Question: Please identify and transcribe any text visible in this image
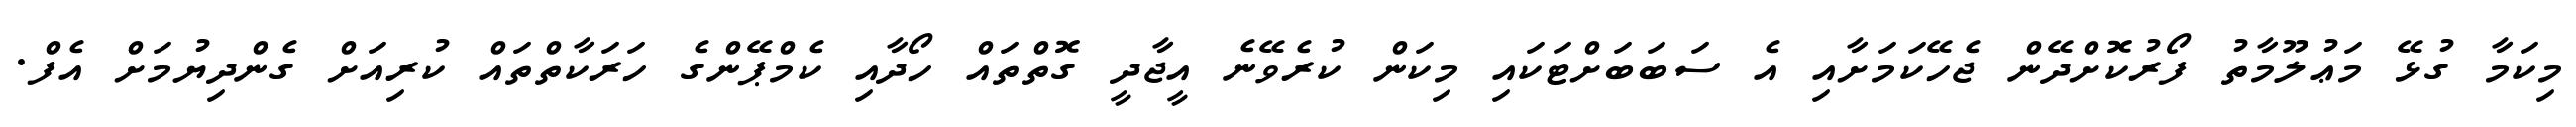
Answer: މިކަމާ ގުޅޭ މަޢުލޫމާތު ފޯރުކޮށްދޭން ޖެހޭކަމަށާއި އެ ސަބަބަށްޓަކައި މިކަން ކުރެވޭނެ އީޖާދީ ގޮތްތައް ހޯދާއި ކެމްޕޭންގެ ހަރަކާތްތައް ކުރިއަށް ގެންދިޔުމަށް އެފް.